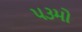
૫૩મો